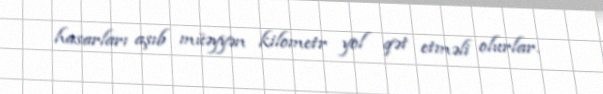
hasarları aşıb müəyyən kilometr yol qət etməli olurlar.